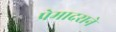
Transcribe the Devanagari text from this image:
प्रेमादराने